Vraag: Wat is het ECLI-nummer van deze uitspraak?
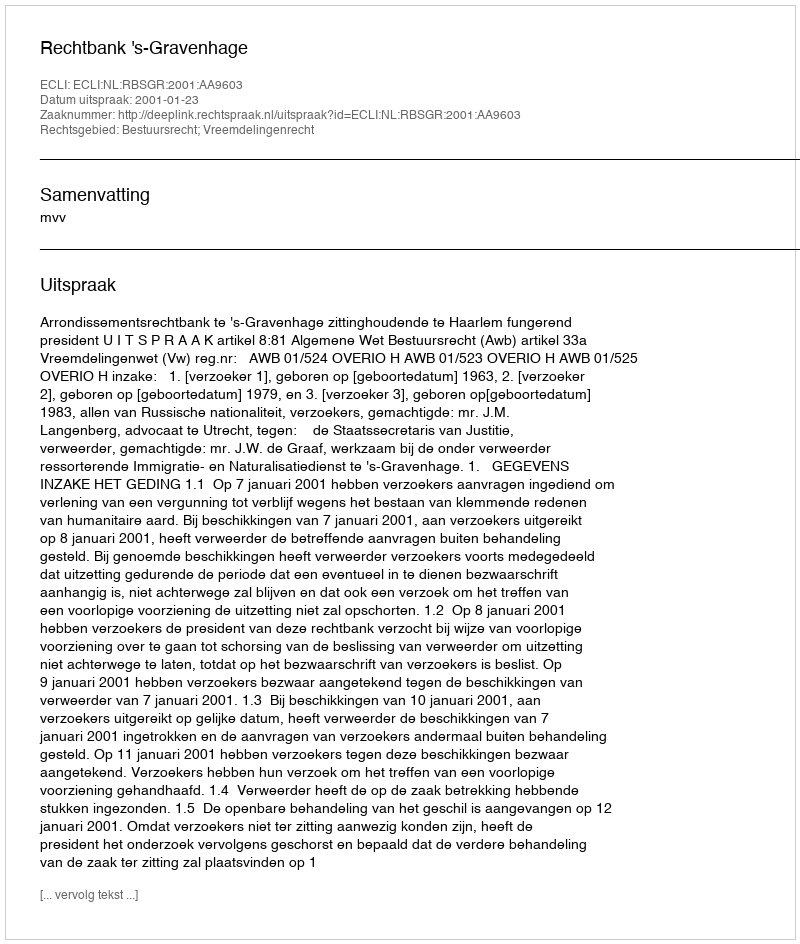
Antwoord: ECLI:NL:RBSGR:2001:AA9603